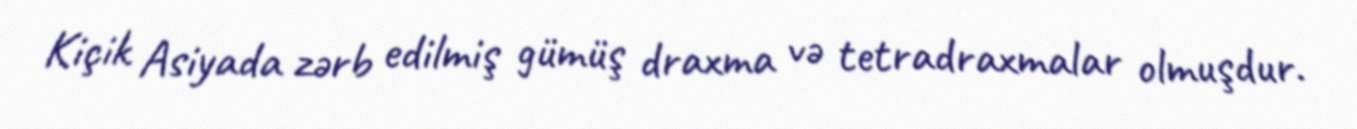
Kiçik Asiyada zərb edilmiş gümüş draxma və tetradraxmalar olmuşdur.